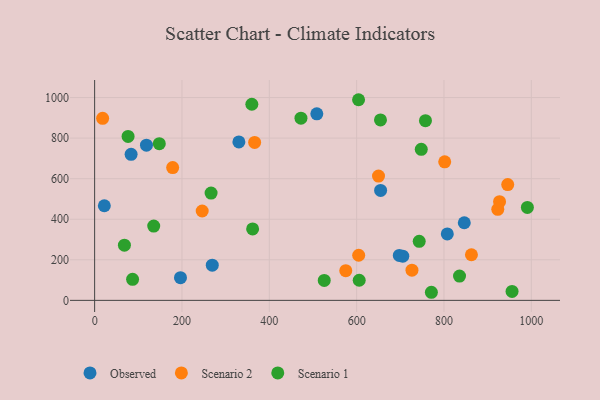
{"axis": {"x": "Distance", "y": "Profit"}, "legend": ["Observed", "Scenario 1", "Scenario 2"], "data": [{"x": "705.7", "y": 218.0, "type": "Observed"}, {"x": "22.2", "y": 466.6, "type": "Observed"}, {"x": "83.5", "y": 719.9, "type": "Observed"}, {"x": "196.6", "y": 111.9, "type": "Observed"}, {"x": "508.8", "y": 919.9, "type": "Observed"}, {"x": "654.9", "y": 542.3, "type": "Observed"}, {"x": "807.6", "y": 327.7, "type": "Observed"}, {"x": "697.7", "y": 221.4, "type": "Observed"}, {"x": "118.7", "y": 765.0, "type": "Observed"}, {"x": "269.4", "y": 173.4, "type": "Observed"}, {"x": "846.5", "y": 382.6, "type": "Observed"}, {"x": "330.3", "y": 781.0, "type": "Observed"}, {"x": "801.7", "y": 683.2, "type": "Scenario 2"}, {"x": "927.3", "y": 486.6, "type": "Scenario 2"}, {"x": "604.7", "y": 222.5, "type": "Scenario 2"}, {"x": "923.2", "y": 448.8, "type": "Scenario 2"}, {"x": "366.4", "y": 778.8, "type": "Scenario 2"}, {"x": "575.1", "y": 146.2, "type": "Scenario 2"}, {"x": "246.3", "y": 440.7, "type": "Scenario 2"}, {"x": "178.7", "y": 654.9, "type": "Scenario 2"}, {"x": "862.9", "y": 224.9, "type": "Scenario 2"}, {"x": "18.3", "y": 897.8, "type": "Scenario 2"}, {"x": "650.1", "y": 612.7, "type": "Scenario 2"}, {"x": "946.0", "y": 570.7, "type": "Scenario 2"}, {"x": "726.7", "y": 148.7, "type": "Scenario 2"}, {"x": "604.4", "y": 989.3, "type": "Scenario 1"}, {"x": "360.0", "y": 967.1, "type": "Scenario 1"}, {"x": "472.5", "y": 898.4, "type": "Scenario 1"}, {"x": "835.6", "y": 119.6, "type": "Scenario 1"}, {"x": "86.9", "y": 103.8, "type": "Scenario 1"}, {"x": "605.9", "y": 99.2, "type": "Scenario 1"}, {"x": "955.9", "y": 44.3, "type": "Scenario 1"}, {"x": "361.8", "y": 352.4, "type": "Scenario 1"}, {"x": "148.1", "y": 772.5, "type": "Scenario 1"}, {"x": "757.6", "y": 885.9, "type": "Scenario 1"}, {"x": "748.0", "y": 744.9, "type": "Scenario 1"}, {"x": "68.2", "y": 272.1, "type": "Scenario 1"}, {"x": "771.2", "y": 39.9, "type": "Scenario 1"}, {"x": "991.0", "y": 458.1, "type": "Scenario 1"}, {"x": "743.3", "y": 290.9, "type": "Scenario 1"}, {"x": "525.8", "y": 98.4, "type": "Scenario 1"}, {"x": "135.3", "y": 366.1, "type": "Scenario 1"}, {"x": "266.7", "y": 529.2, "type": "Scenario 1"}, {"x": "76.6", "y": 808.5, "type": "Scenario 1"}, {"x": "654.6", "y": 889.7, "type": "Scenario 1"}]}